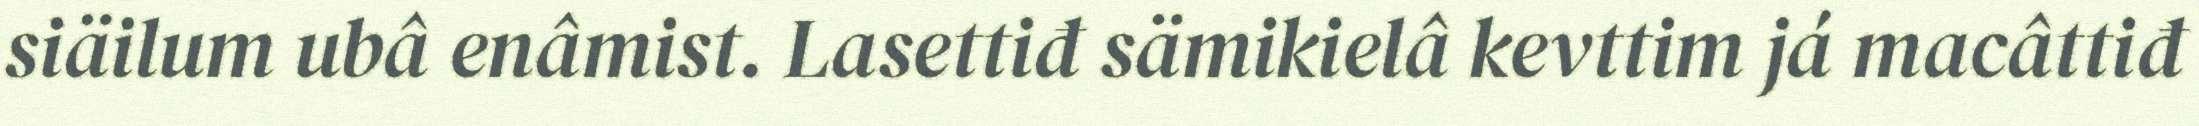
siäilum ubâ enâmist. Lasettiđ sämikielâ kevttim já macâttiđ